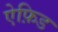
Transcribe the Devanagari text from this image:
ऐफ़िड